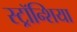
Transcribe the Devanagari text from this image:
स्ट्रॉन्शिया